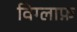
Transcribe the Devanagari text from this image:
विग्लाफ़